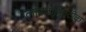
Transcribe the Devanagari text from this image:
ग्लाइकोलिटीक